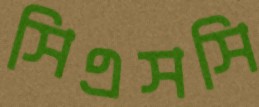
সিএসসি